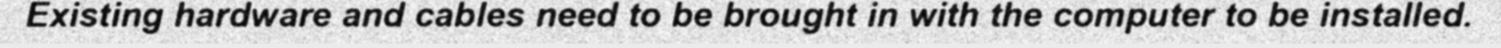
Existing hardware and cables need to be brought in with the computer to be installed.